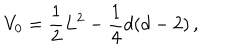
V _ { 0 } = \frac { 1 } { 2 } L ^ { 2 } - \frac { 1 } { 4 } d ( d - 2 ) \, ,